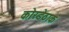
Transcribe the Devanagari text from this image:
कोरडेठाक